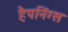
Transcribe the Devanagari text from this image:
हैपनिंग्स